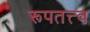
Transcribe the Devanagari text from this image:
रूपतत्त्व